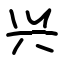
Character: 兴